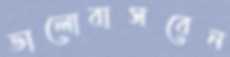
ভালোবাসবেন